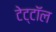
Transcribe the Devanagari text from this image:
टेट्टॉल